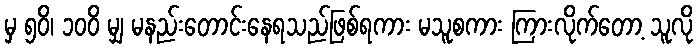
မှ ၅၀ိ၊ ၁၀၀ိ မျှ မနည်းတောင်းနေရသည်ဖြစ်ရကား မသူစကား ကြားလိုက်တော့ သူလို